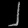
Digit: ၂